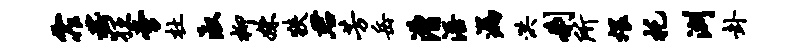
霏嵇狂旁杜淑柳姝狭君芳岳漕浯漏洪刹所煨托洲卦